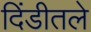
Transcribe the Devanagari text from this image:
दिंडीतले